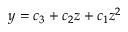
y = c _ { 3 } + c _ { 2 } z + c _ { 1 } z ^ { 2 }